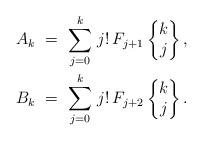
\begin{align*} A_k \ &= \ \sum_{j=0}^{k} \, j! \, F_{j+1} \begin{Bmatrix}k \\ j \end{Bmatrix}, \\ B_k \ &= \ \sum_{j=0}^{k} \, j! \, F_{j+2} \begin{Bmatrix}k \\ j \end{Bmatrix}. \end{align*}